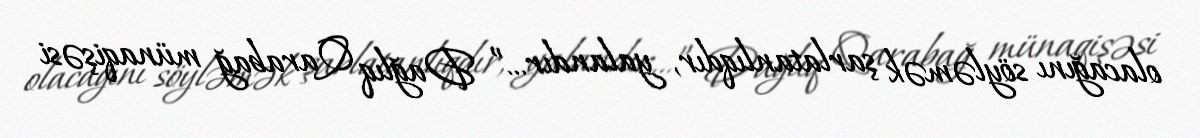
olacağını söyləmək şarlatanlıqdır, yalandır...” Dağlıq Qarabağ münaqişəsi